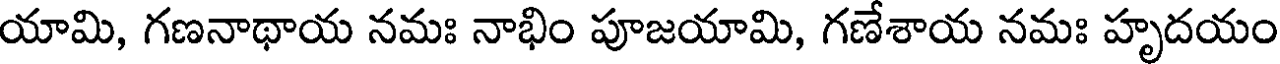
యామి, గణనాథాయ నమః నాభిం పూజయామి, గణేశాయ నమః హృదయం